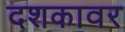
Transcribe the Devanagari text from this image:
दशकावर